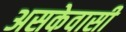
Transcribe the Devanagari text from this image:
असकेवासी